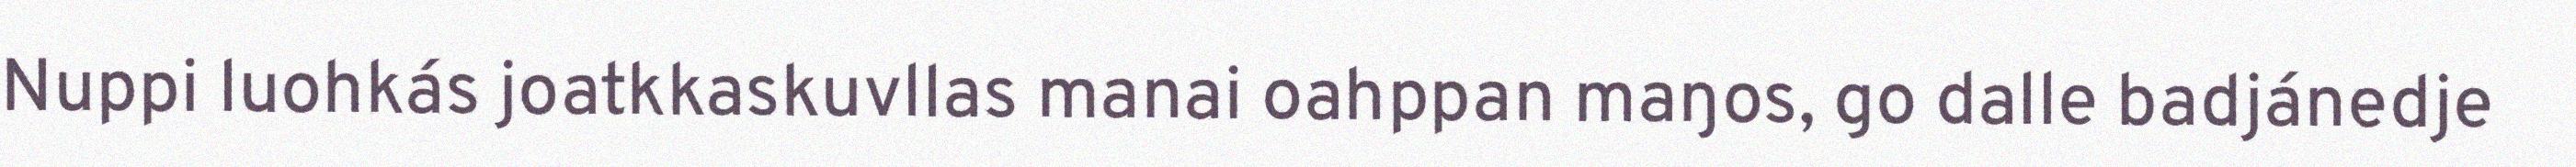
Nuppi luohkás joatkkaskuvllas manai oahppan maŋos, go dalle badjánedje